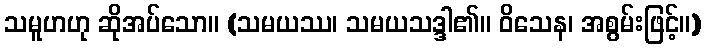
သမူဟဟု ဆိုအပ်သော။ (သမယဿ၊ သမယသဒ္ဒါ၏။ ဝိသေန၊ အစွမ်းဖြင့်။)